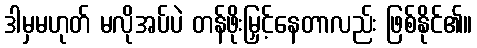
ဒါမှမဟုတ် မလိုအပ်ပဲ တန်ဖိုးမြှင့်နေတာလည်း ဖြစ်နိုင်၏။